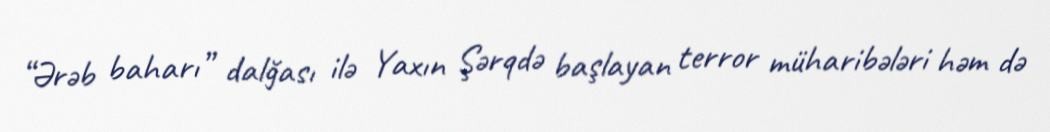
“Ərəb baharı” dalğası ilə Yaxın Şərqdə başlayan terror müharibələri həm də